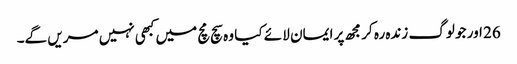
26 اور جو لوگ زندہ رہ کر مجھ پر ایمان لا ئے کیا وہ سچ مچ میں کبھی نہیں مریں گے۔